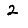
Digit: 2